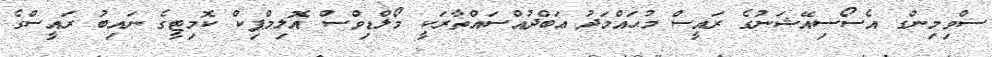
ސްވިމިންގ އެސޯސިއޭޝަނުގެ ރައީސް މުޙައްމަދު ޢަބްދުއްސައްތާރަކީ މޯލްޑިވްސް އޮލިމްޕިކް ކޮމިޓީގެ ނައިބު ރައީސްގެ